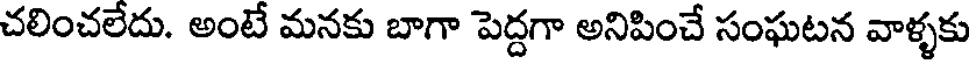
చలించలేదు. అంటే మనకు బాగా పెద్దగా అనిపించే సంఘటన వాళ్ళకు